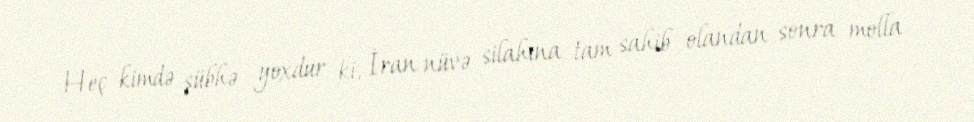
Heç kimdə şübhə yoxdur ki, İran nüvə silahına tam sahib olandan sonra molla